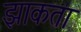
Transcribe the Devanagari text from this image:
झाकता